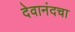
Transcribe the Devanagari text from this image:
देवानंदचा